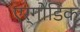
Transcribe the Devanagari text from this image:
एर्गोडिक